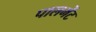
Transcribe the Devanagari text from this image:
पालमेंट